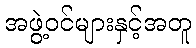
အဖွဲ့ဝင်များနှင့်အတူ